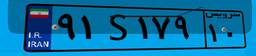
۹۱S۱۷۹۱۰